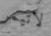
لاتيمر